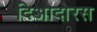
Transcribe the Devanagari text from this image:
दिओदोरस